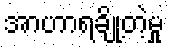
အာဟာရချို့တဲ့မှု